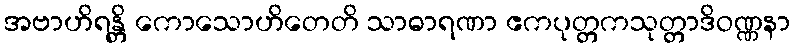
အဗာဟိရန္တိ ကောသောဟိတေတိ သာဓာရဏာ ဧကပုတ္တကသုတ္တာဒိဝဏ္ဏနာ